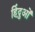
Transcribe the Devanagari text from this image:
हिंदुआें